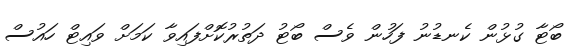
ބޯޓާ ގުޅުން ކެނޑުނު ފަހުން ވެސް ބޯޓު ދަތުރުކޮށްފައިވާ ކަމަށް ވައިޓް ހައުސް